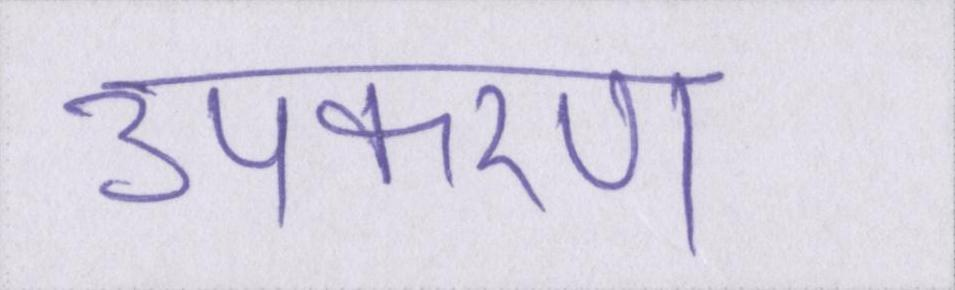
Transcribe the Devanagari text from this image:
उपकरण